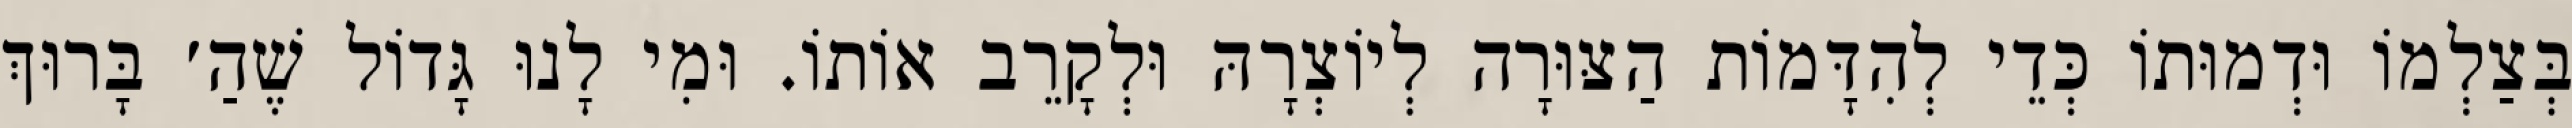
בְּצַלְמוֹ וּדְמוּתוֹ כְּדֵי לְהִדָּמוֹת הַצּוּרָה לְיוֹצְרָהּ וּלְקָרֵב אוֹתוֹ. וּמִי לָנוּ גָּדוֹל שֶׁהַ׳ בָּרוּךְ